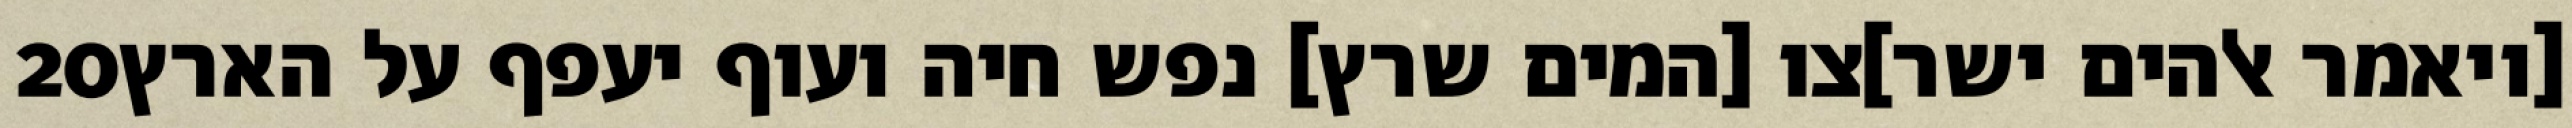
‎20‏ [ויאמר אלהים ישר]צו [המים שרץ] נפש חיה ועוף יעפף על הארץ